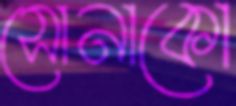
সোনাকো